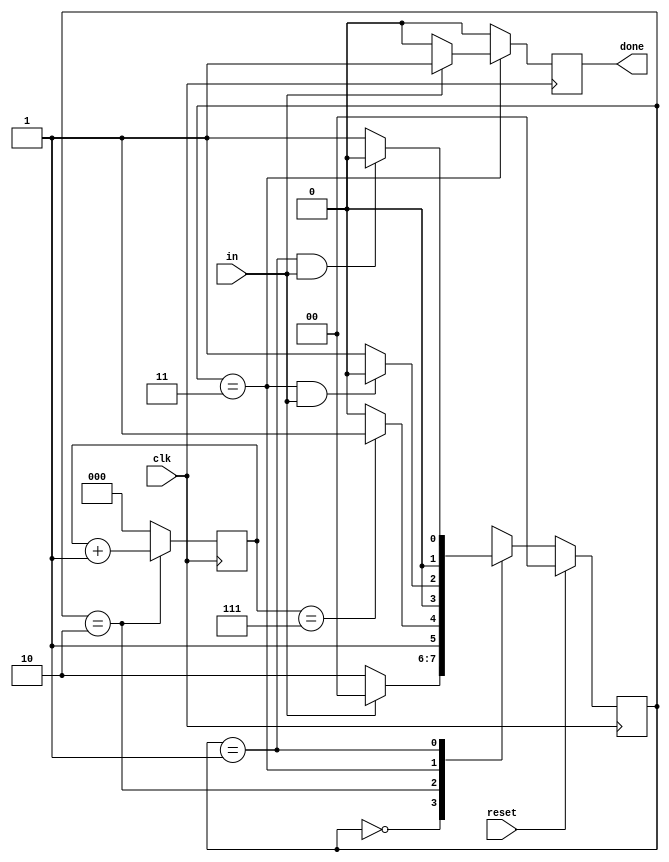
module top_module(
    input clk,
    input in,
    input reset,    // Synchronous reset
    output done
); 
    
    parameter idle = 2'd0, wrong = 2'd1, data = 2'd2, don = 2'd3;
    reg [1:0] state, next_state;
    
    always @(posedge clk) begin
        if(reset)
            state <= 2'b0;
        else
            state <= next_state;
    end
    
    reg in_reg;
    always @(posedge clk) begin
        in_reg <= in;
    end
    
    wire done_cap, reset_cap;
    assign done_cap = (state==don) & in;
    assign reset_cap = (state==wrong) & in;
    always @(*) begin
        case(state)
            idle: if(~in) next_state = data; else next_state = idle;
            data: if(data_done) next_state = don; else next_state = data;
            don: if(done_cap) next_state = idle; else next_state = wrong;
            wrong: if(reset_cap) next_state=idle; else next_state = wrong;
        endcase
    end
    
    reg [2:0] data_counter;
    wire data_done;
    assign data_done = (data_counter == 3'd7);
    always @(posedge clk) begin
        if(state==data)
            data_counter <= data_counter + 1'b1;
        else
            data_counter <= 3'b0;
    end
    
    always @(posedge clk) begin
        if(state==don)
            if(in==1'b1) begin
                done <= 1;
            end else begin
                done <= 0;
            end
        else begin
            done <= 0;
        end
    end

endmodule